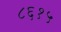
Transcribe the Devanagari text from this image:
८६१५